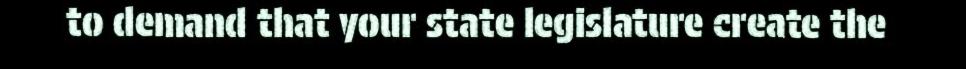
to demand that your state legislature create the